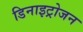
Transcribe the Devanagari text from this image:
डिनाइट्रोजन